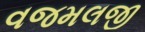
વજમલજી